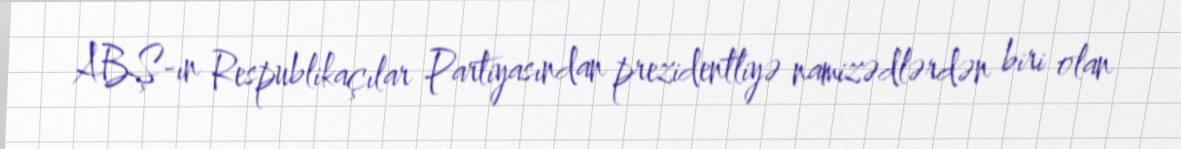
ABŞ-ın Respublikaçılar Partiyasından prezidentliyə namizədlərdən biri olan